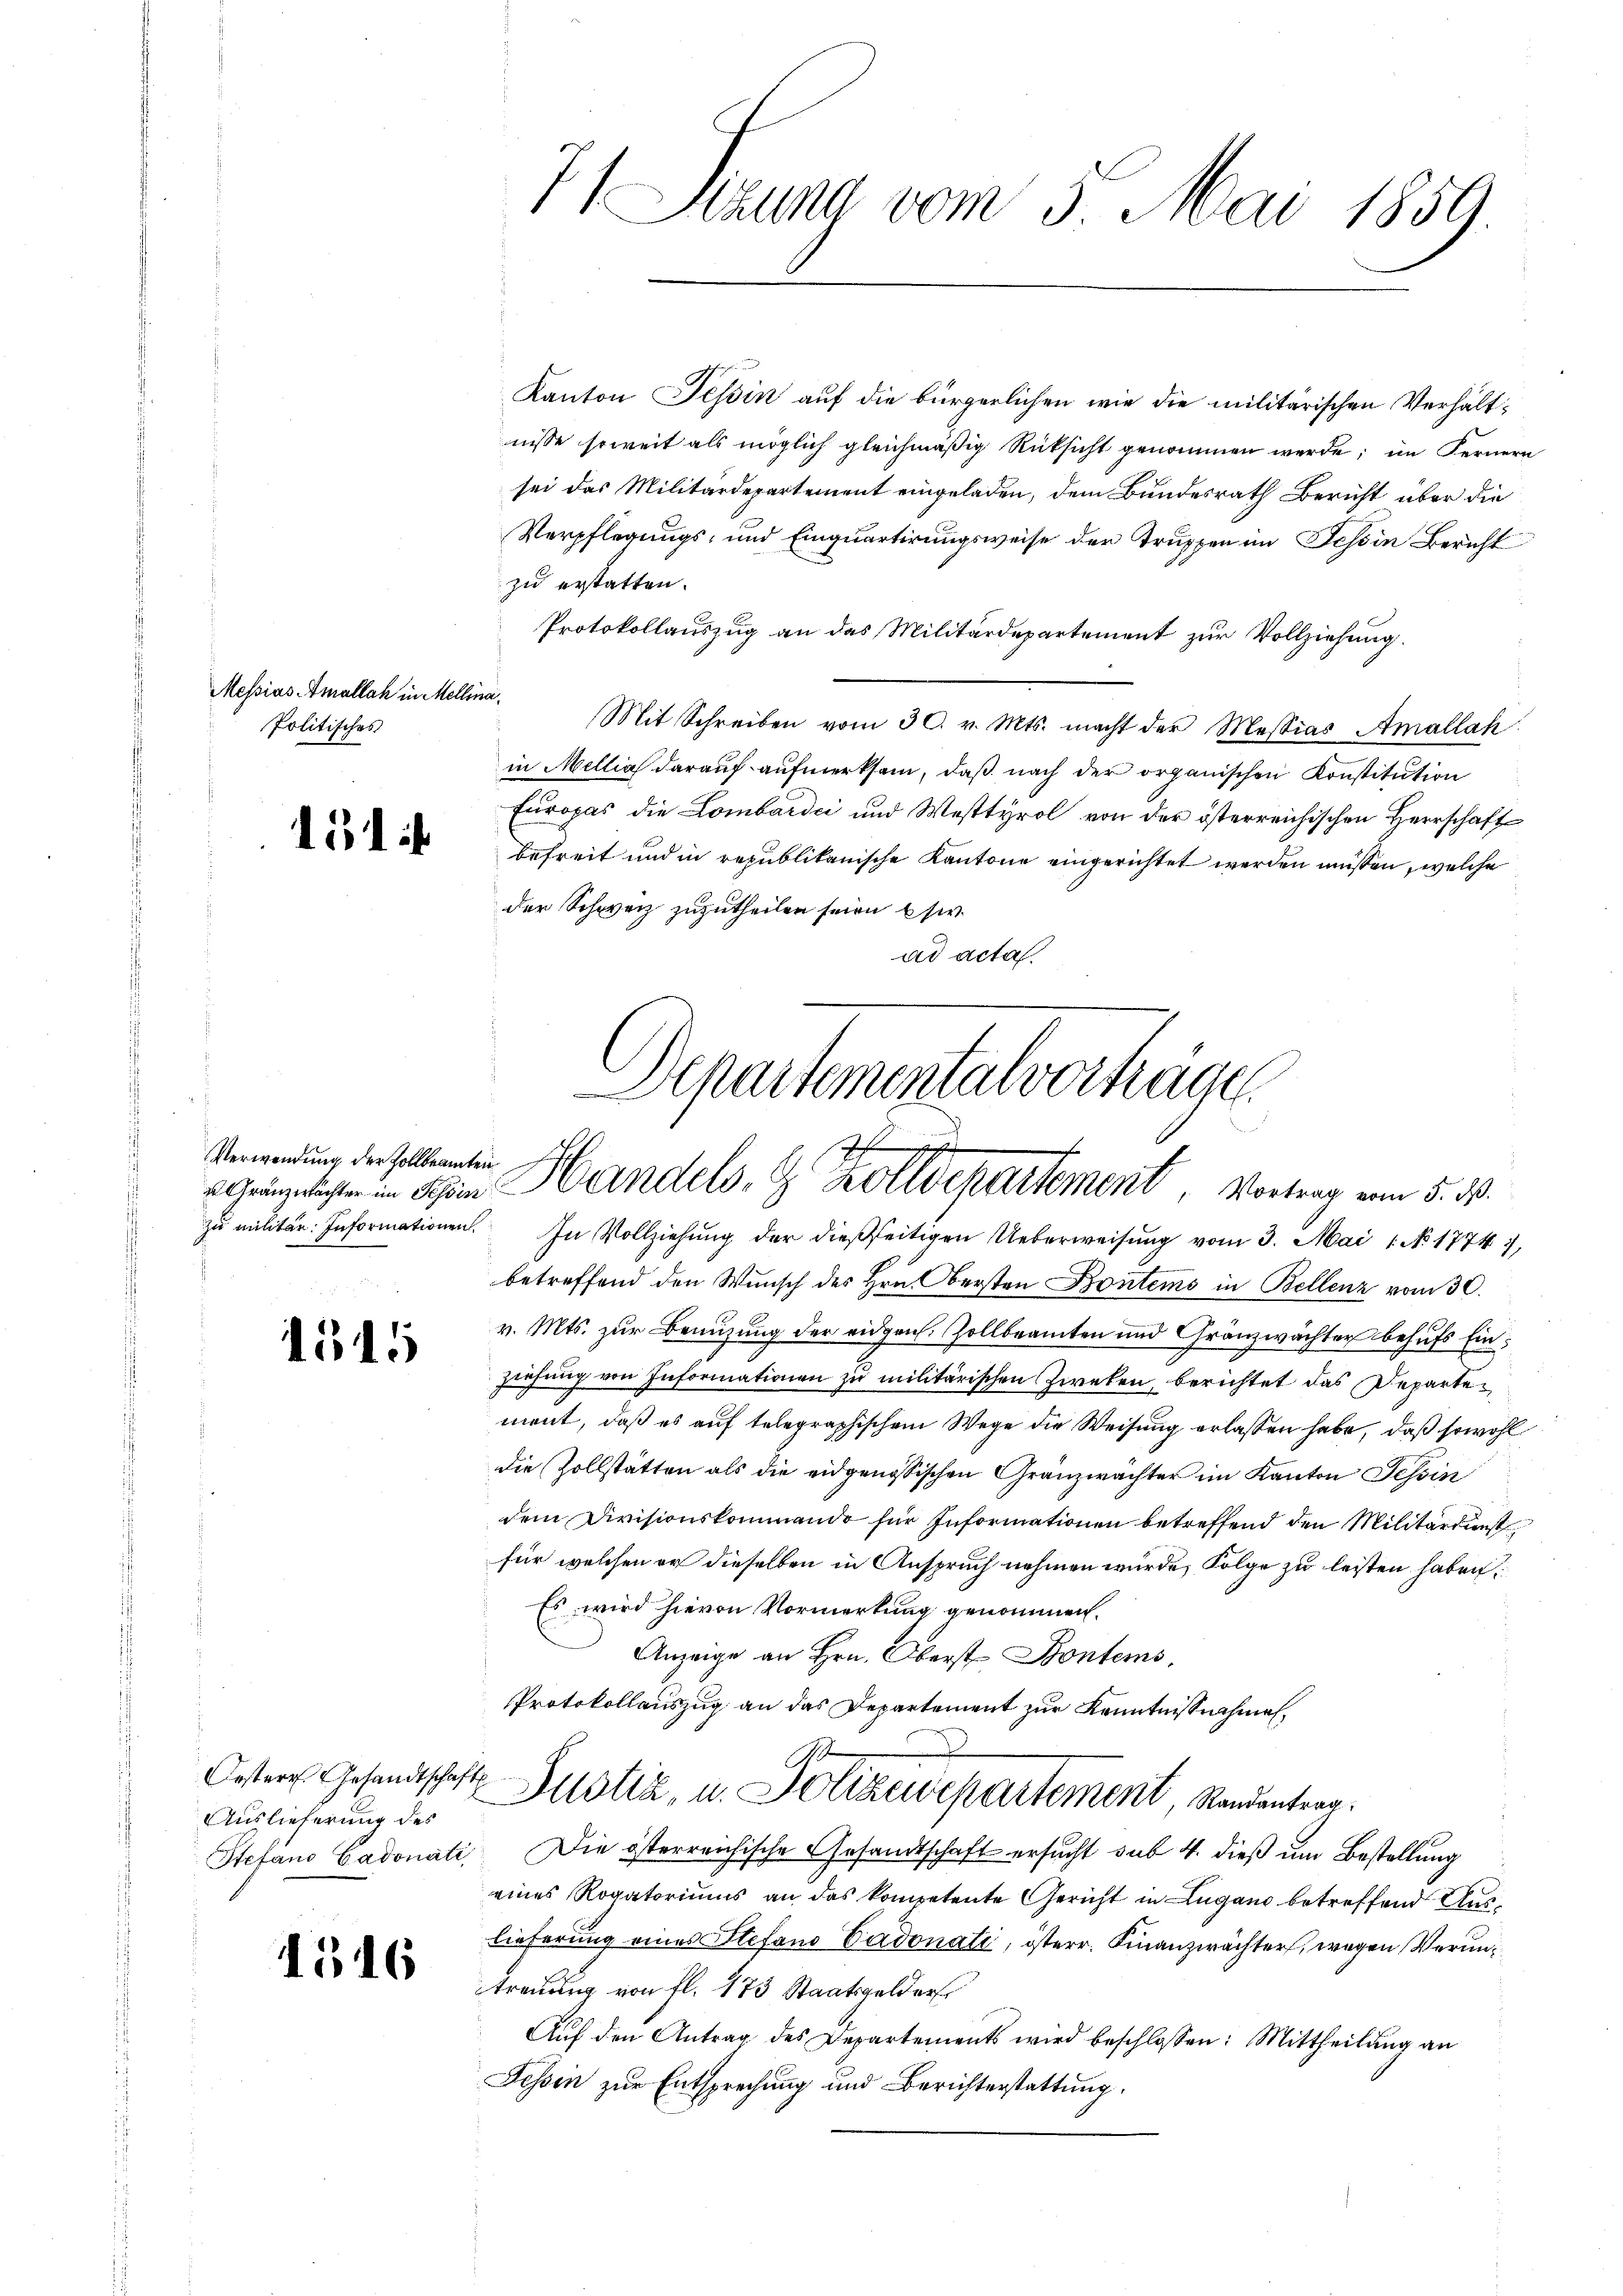
Messias Amallah in Mellina.
Politisches

1514

Verwendung der Zollbeamten

1545

Auslieferung des

1316

1 Sizung vom 3. Mai 1859.

Kanton Tessin auf die bürgerlichen wie die militärischen Verhältnisse soweit als möglich gleichmäßig Rücksicht genommen werde; im Fernern
sei das Militärdepartement eingeladen, dem Bundesrath Bericht über die
Verpflegungs- und Einquartirungsweise der Truppen im Tessin Bericht
zu erstatten.
Protokollauszug an das Militärdepartement zur Vollziehung.
Mit Schreiben vom 30. v. Mts. macht der Messias Amallah
in Mellia darauf aufmerksam, daß nach der organischen Konstitution
Europas die Lombardii und Westtyrol von der österreichischen Herrschaft
befreit und in republikanische Kantone eingerichtet werden müssen, welche
der Schweiz zuzutheilen seien usw.
ad acta

Denartementalvertrage
heste
Gränzlichten in Sein Handels- & Zolldepartement Vortrag vom 5. ds.

zu militär. Informationen. In Vollziehung der dießseitigen Ueberweisung vom 3. Mai 1 No 1774),
betreffend den Wunsch des Hrn. Obersten Bontems in Bellenz vom 30.
v. Mts. zur Benutzung der eidgen. Zollbeamten und Gränzwächter behufs Einziehung von Informationen zu militärischen Zweken, berichtet das Departement, daß es auf telegraphischem Wege die Weisung erlassen habe, daß sowohl
die Zollstätten als die eidgenössischen Gränzwächter im Kanton Tessin
dem Divisionskommando für Informationen betreffend den Militärdienst
für welchen er dieselben in Anspruch nehmen wurde, Folge zu leisten haben:
Es wird hievon Vormerkung genommen.
Anzeige an Hrn. Oberst Bontems,
Protokollauszug an das Departement zur Kenntnißnahmen,
G
Oestere Gesandtschaft Motta, u. Polizeidepartement, Randantrag.
Stefand Gadonati Die österreichische Gesandtschaft ersucht sub 4. dieß um Bestellung
eines Rogatoriums an das kompetente Gericht in Lugano betreffend Auslieferung eines Stefand Cadonate, österr. Finanzwächter, wegen Veruntrauung von fl. 173 Staatsgelder
Aŭf den Antrag des Departements wird beschlossen: Mittheilŭng an
Fessen zur Entsprechung und Berichterstattung.